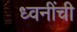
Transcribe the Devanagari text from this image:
ध्वनींची